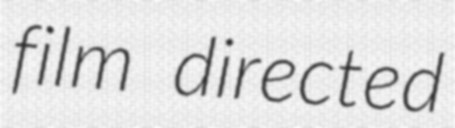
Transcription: film directed